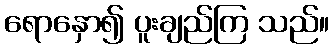
ရောနှော၍ ပူးချည်ကြ သည်။